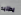
يطلبه